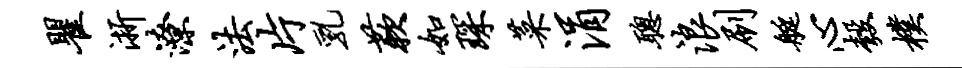
瞿浙潦法片乳蔌如琛菜涓聪浪刷艇心彀朴